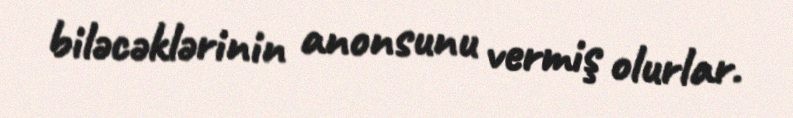
biləcəklərinin anonsunu vermiş olurlar.